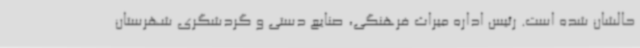
حالشان شده است. رئیس اداره میراث فرهنگی، صنایع دستی و گردشگری شهرستان